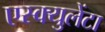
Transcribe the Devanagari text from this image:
एस्क्युलेंटा